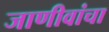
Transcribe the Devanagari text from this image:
जाणीवांचा